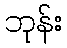
ဘုန်း